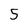
Character: 5